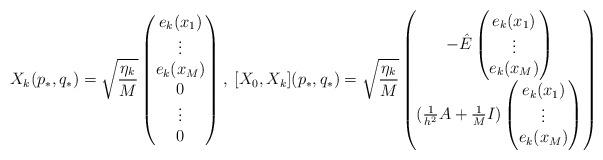
LaTeX: \begin{align*}X_k(p_*,q_*)=\sqrt{\frac{\eta_k}M}\begin{pmatrix} e_k(x_1) \\ \vdots\\ e_k(x_M)\\ 0\\ \vdots\\ 0\end{pmatrix},\;[X_0,X_k](p_*,q_*)=\sqrt{\frac{\eta_k}M}\begin{pmatrix} -\hat{E}\begin{pmatrix} e_k(x_1) \\ \vdots\\ e_k(x_M)\end{pmatrix}\\(\frac1{h^2}A+\frac1MI)\begin{pmatrix} e_k(x_1) \\ \vdots\\ e_k(x_M)\end{pmatrix}\end{pmatrix}\end{align*}